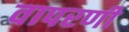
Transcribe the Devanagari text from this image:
वापरणी